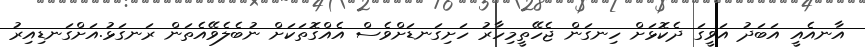
އާނއެއީ އަބަދު އަވީގަ ދެކޮޅަށް ހިނގަން ޖެހޭތީމިހާރު ހަށިގަނޑަށްވެސް އެއްގޮތަކަށް ނުބެލެވޭއެތަން ރަނގަޅު.އަށްގަނޑިއިރު